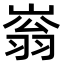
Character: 嵡